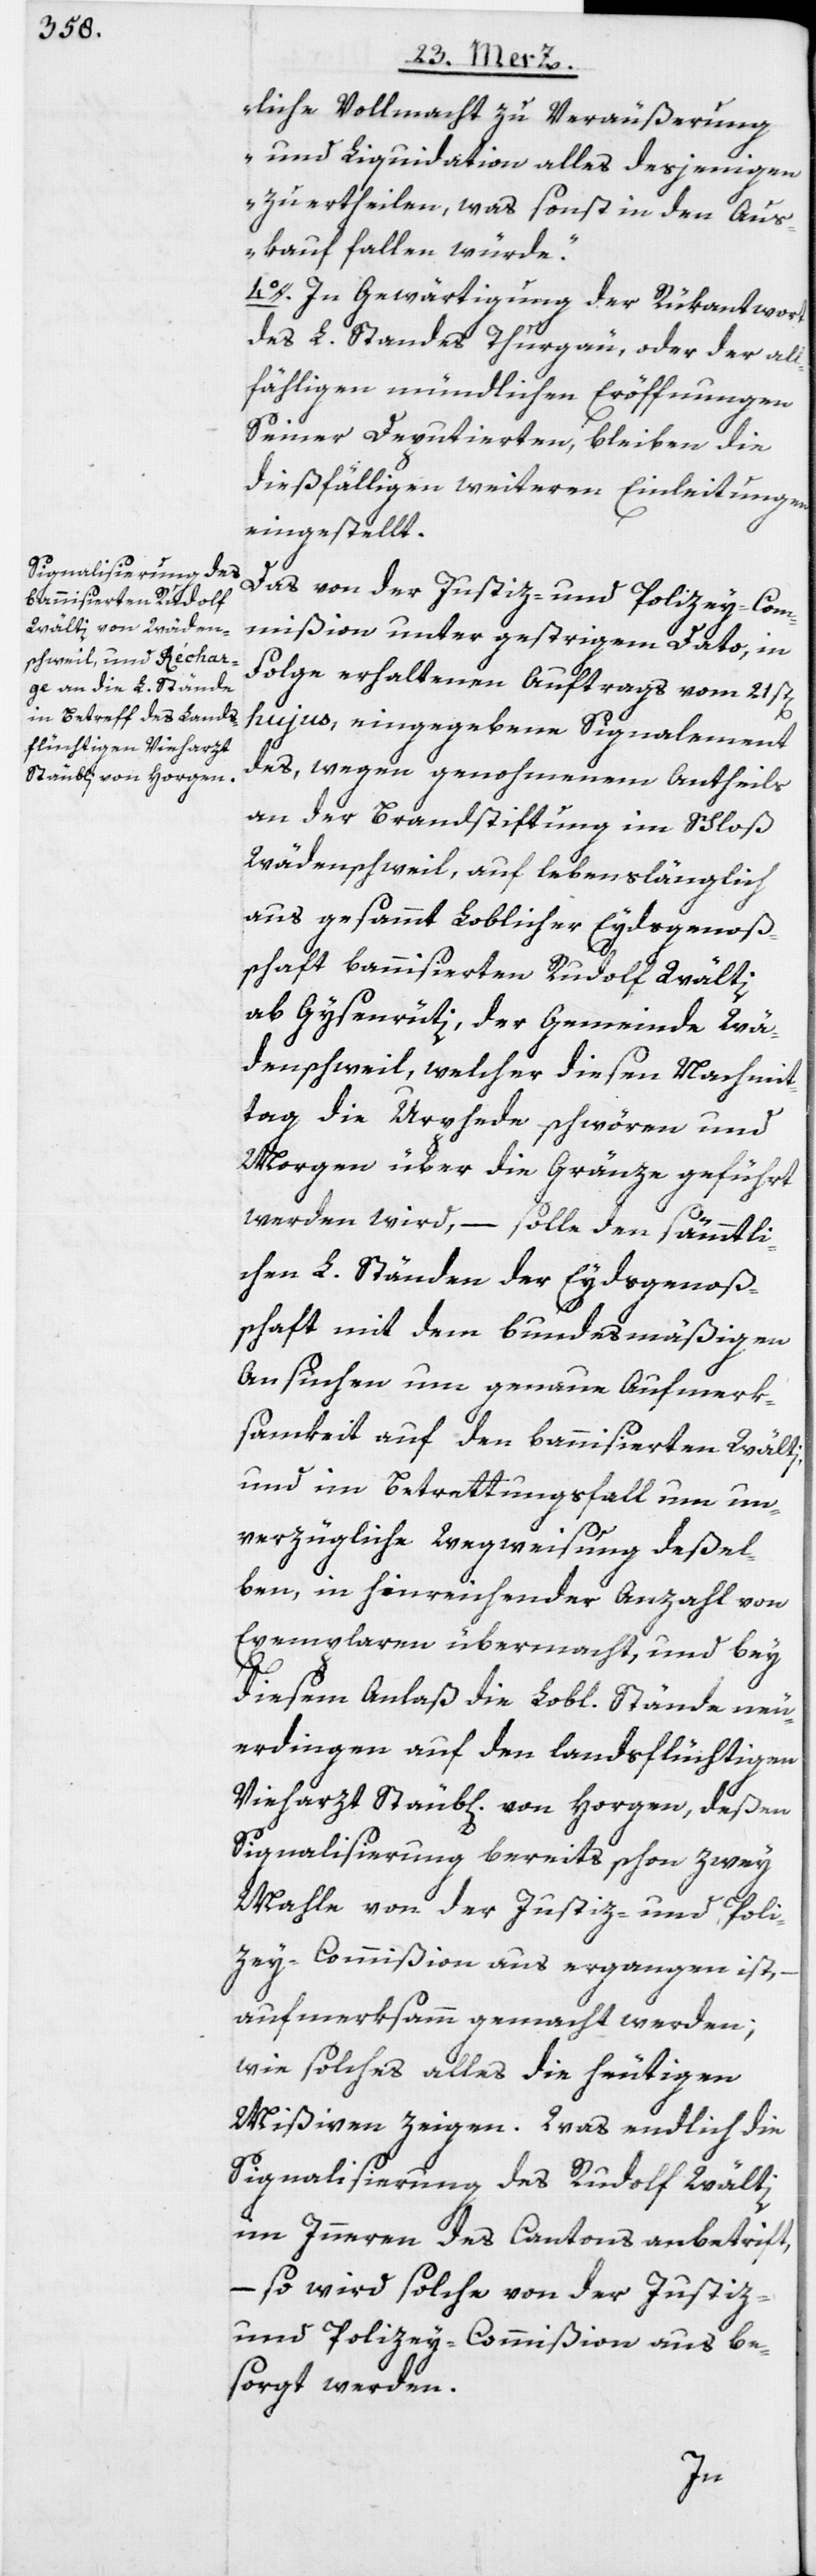
liche Vollmacht zu Veräußerung
und Liquidation alles desjenigen
zu ertheilen, was sonst in den Aus¬
kauf fallen würde.“
4o. In Gewärtigung der Rükantwort
des L. Standes Thurgau, oder der all¬
fähligen mündlichen Eröffnungen
Seiner Deputierten, bleiben die
dießfälligen weiteren Einleitungen
eingestellt.
Das von der Justiz- und Polizey-Com¬
mißion unter gestrigem Dato, in
Folge erhaltenen Auftrags vom 21st[e¬
n]
hujus, eingegebene Signalement
des, wegen genohmenem Antheils
an der Brandstiftung im Schloß
Wädenschweil, auf lebenslänglich
aus gesammt Loblicher Eydsgenoß¬
schaft bannisierten Rudolf Wälti
ab Gysenrüti, der Gemeinde Wä¬
denschweil, welcher diesen Nachmit¬
tag die Urphede schwören und
Morgen über die Gränze geführt
werden wird, – solle den sämmtli¬
chen L. Ständen der Eydsgenoß¬
schaft mit dem bundesmäßigen
Ansuchen um genaue Aufmerk¬
samkeit auf den bannisierten Wälti,
und im Betrettungsfall um un¬
verzügliche Wegweisung deßel¬
ben, in hinreichender Anzahl von
Exemplaren übermacht, und bey
diesem Anlaß die Lobl. Stände neu¬
erdingen auf den landsflüchtigen
Vieharzt Stäubli von Horgen, deßen
Signalisierung bereits schon zwey
Mahle von der Justiz- und Poli¬
zey-Commißion aus ergangen ist,
aufmerksamm gemacht werden;
wie solches alles die heutigen
Mißiven zeigen. Was endlich die
Signalisierung des Rudolf Wälti
im Inneren des Cantons anbetrif[f]t,
– so wird solche von der Justiz-
und Polizey-Commißion aus be¬
sorgt werden.